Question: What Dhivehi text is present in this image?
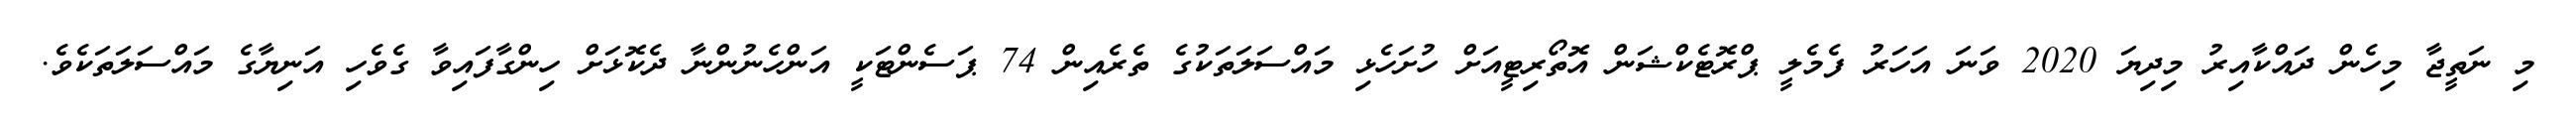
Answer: މި ނަތީޖާ މިހެން ދައްކާއިރު މިދިޔަ 2020 ވަނަ އަހަރު ފެމެލީ ޕްރޮޓެކްޝަން އޮތޯރިޓީއަށް ހުށަހެޅި މައްސަލަތަކުގެ ތެރެއިން 74 ޕަސެންޓަކީ އަންހެނުންނާ ދެކޮޅަށް ހިންގާފައިވާ ގެވެހި އަނިޔާގެ މައްސަލަތަކެވެ.